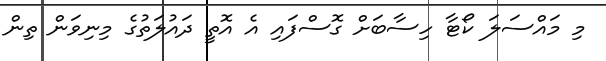
މި މައްސަލަ ކޯޓާ ހިސާބަށް ގޮސްފައި އެ އޮތީ ދައުލަތުގެ މިނިވަން ތިން